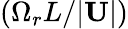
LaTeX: (\Omega_{r}L/|\mathbf{U}|)